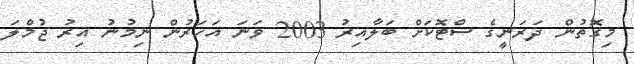
މިގޮތުން ދަރަނީގެ ސްޓޮކަށް ބަލާއިރު 2003 ވަނަ އަހަރުން ނިމުނު އިރު ޖުމްލަ